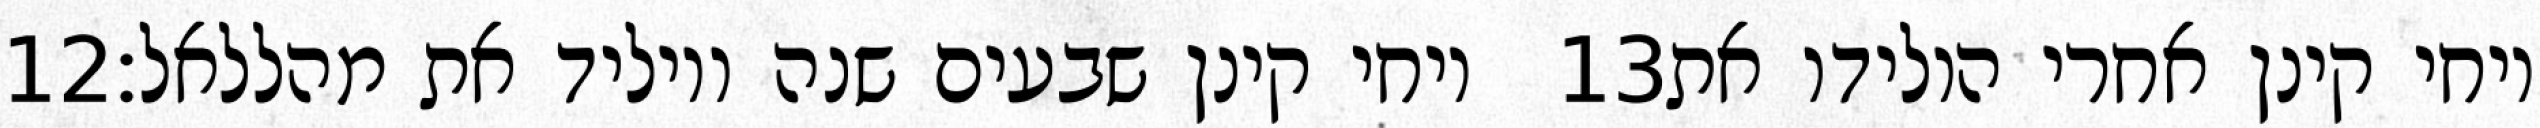
‎12‏ ויחי קינן שבעים שנה ויוליד את מהללאל׃ ‎13‏ ויחי קינן אחרי הולידו את